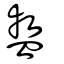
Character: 盩